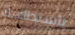
باستطاعتك